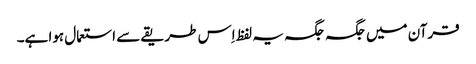
قرآن میں جگہ جگہ یہ لفظ اِس طریقے سے استعمال ہوا ہے۔